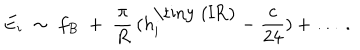
LaTeX: E _ { i } \; \sim \; f _ { B } \; + \; \frac \pi R \, ( h _ { i } ^ { \mathrm { \tiny ~ ( I R ) } } - \frac c { 2 4 } ) + \ldots \; .